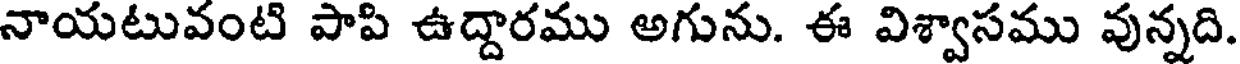
నాయటువంటి పాపి ఉద్దారము అగును. ఈ విశ్వాసము వున్నది.